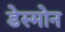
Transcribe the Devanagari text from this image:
डेस्मोन